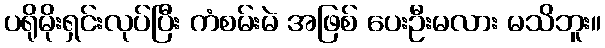
ပရိုမိုးရှင်းလုပ်ပြီး ကံစမ်းမဲ အဖြစ် ပေးဦးမလား မသိဘူး။